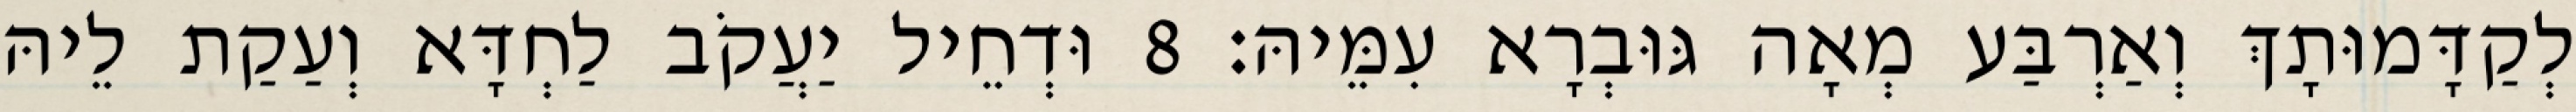
לְקַדָּמוּתָךְ וְאַרְבַּע מְאָה גּוּבְרָא עִמֵּיהּ׃ 8 וּדְחֵיל יַעֲקֹב לַחְדָּא וְעַקַת לֵיהּ